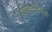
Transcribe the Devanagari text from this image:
सापेक्षतेप्रमाणे